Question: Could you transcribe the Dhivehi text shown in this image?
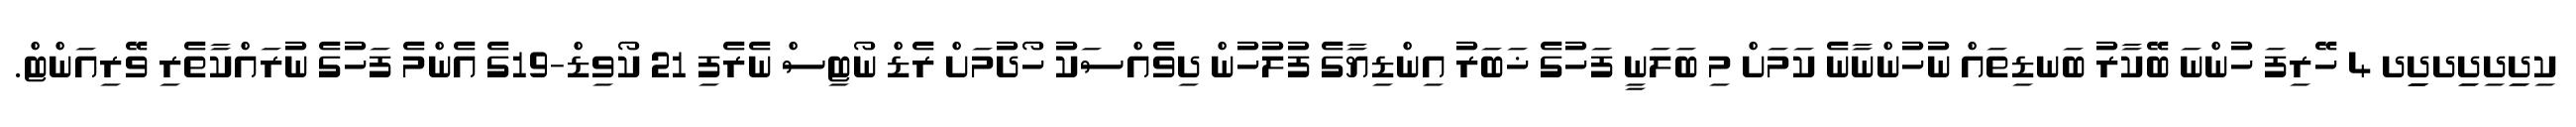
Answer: ކިދިިދިދިިދދިިިދ 4 ހޭރިފަ ހުންނަ ބޭކާރު ބަނޑިތައް ނުހުންނާނެ ކަމަށް މި ބަލަނީ ފަހުގެ ޚަބަރު އިންޑިޔާގެ ފުލުހުން ދިވެއްސަކު ހޯދުމަށް ރެޑް ނޯޓިސް ނެރެފި 21 ކޯވިޑް-19ގެ އެންމެ ފަހުގެ ނުރައްކާތެރި ވޭރިއަންޓް.